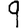
Digit: 9